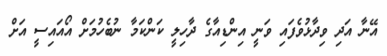
އޭނާ އަދި ވިދާޅުވެފައި ވަނީ އިންޑިއާގެ ދާހިލީ ކަންކަމާ ނުބެހުމަށް އޯއައިސީ އަށް